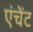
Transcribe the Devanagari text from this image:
एंचेंट